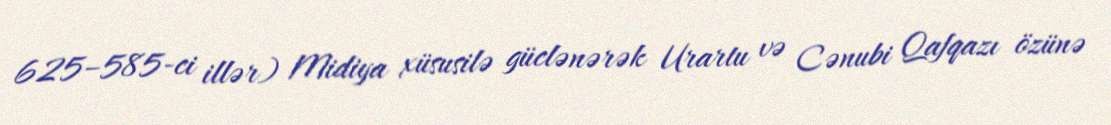
625–585-ci illər) Midiya xüsusilə güclənərək Urartu və Cənubi Qafqazı özünə